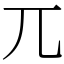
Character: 兀